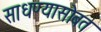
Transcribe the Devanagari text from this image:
साधण्यासोबत